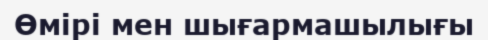
Өмірі мен шығармашылығы